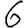
Digit: 6